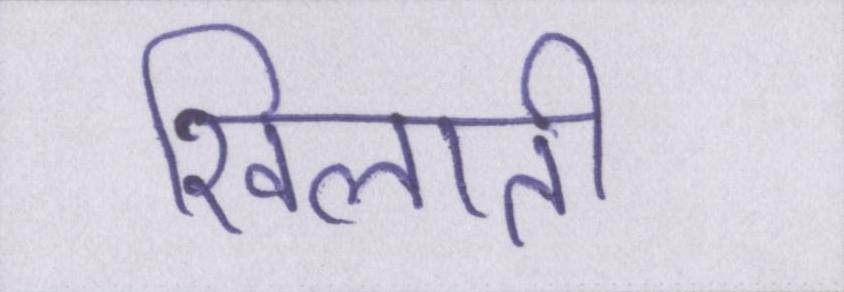
खिलाती